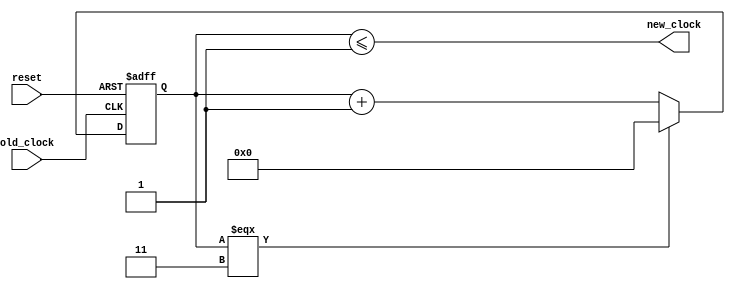
module clk_div(
	input  old_clock,
	input  reset,
	output new_clock);
	
	reg [32:0]counter; 	//counter to count up to the clock pulse
	
	parameter clock_div=4; //parameter that declears the divison factor
	

	//at a rising clock or falling reset one fo 3 things happens
	//if reset is low then the counter is held at 0 untill not in the 
	//reset phase. otherwise if the counter is currently equal to the
	//clock division factor then it is set to 0. if neither of the
	//above is true it is incremented by 1
	always@(posedge old_clock or negedge reset) begin
		if (reset==='b0) begin
			counter <= 32'b0;
		end else if (counter === (clock_div-1)) begin
			counter <=32'b0;
		end else begin
			counter <= counter + 1'b1;
		end
	end
	
	assign new_clock = (counter<=((clock_div/2)-1)); //when below half vaule set high

endmodule